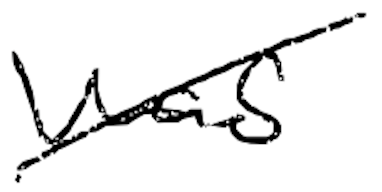
Text: was
Cross-out: diagonal
Writing tool: digital_black